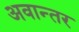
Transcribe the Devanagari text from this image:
अवान्‍तर